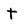
Character: t